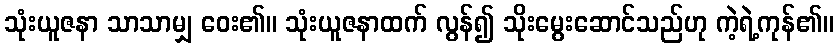
သုံးယူဇနာ သာသာမျှ ဝေး၏။ သုံးယူဇနာထက် လွန်၍ သိုးမွေးဆောင်သည်ဟု ကဲ့ရဲ့ကုန်၏။